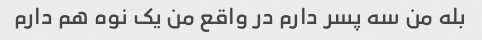
بله من سه پسر دارم در واقع من یک نوه هم دارم